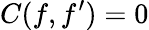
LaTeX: C(f,f^{\prime})=0